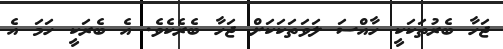
ޖަހާ ބެރުތަކަކީ ހާއްސަ ލަވަތަކަކަށް ޖަހާ ބެރެކެވެ. އެ ބެރަކީ ހަމަ އެ